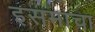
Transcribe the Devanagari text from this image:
इसमाचा